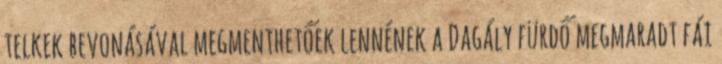
telkek bevonásával megmenthetőek lennének a Dagály fürdő megmaradt fái